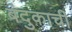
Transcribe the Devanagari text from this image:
बंदुकाची